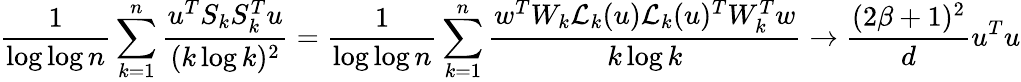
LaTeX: \frac{1}{\log\log n}\sum_{k=1}^{n}\frac{u^{T}S_{k}S_{k}^{T}u}{(k\log k)^{2}}=\frac{1}{\log\log n}\sum_{k=1}^{n}\frac{w^{T}W_{k}\mathcal{L}_{k}(u)\mathcal{L}_{k}(u)^{T}W_{k}^{T}w}{k\log k}\to\frac{(2\beta+1)^{2}}{d}u^{T}u